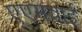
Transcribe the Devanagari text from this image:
एएमवाई